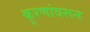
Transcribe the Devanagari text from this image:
कुरणांवरून